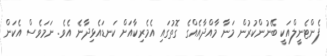
ފެންޓެނީލްއަކީ ބޭނުންކުރުން މަނާ މާއްދާއެއްގެ ގޮތުގައި އެމެރިކާއަށް ކަނޑައެޅިދާނެ އެވެ. ނަމަވެސް އެކަން